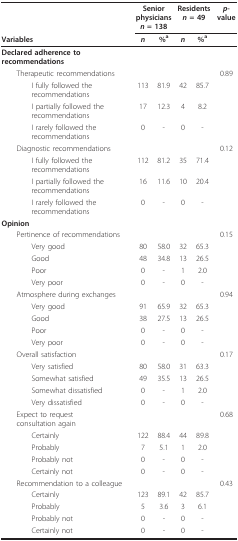
|  | <COLSPAN=2> Senior physiciansn = 138 | <COLSPAN=2> Residentsn = 49 | p-value |
 | Variables | n | %a | n | %a |  |
 | --- | --- | --- | --- | --- | --- |
 | Declared adherence to recommendations |  |  |  |  |  |
 | Therapeutic recommendations |  |  |  |  | 0.89 |
 | I fully followed the recommendations | 113 | 81.9 | 42 | 85.7 |  |
 | I partially followed the recommendations | 17 | 12.3 | 4 | 8.2 |  |
 | I rarely followed the recommendations | 0 | - | 0 | - |  |
 | Diagnostic recommendations |  |  |  |  | 0.12 |
 | I fully followed the recommendations | 112 | 81.2 | 35 | 71.4 |  |
 | I partially followed the recommendations | 16 | 11.6 | 10 | 20.4 |  |
 | I rarely followed the recommendations | 0 | - | 0 | - |  |
 | Opinion |  |  |  |  |  |
 | Pertinence of recommendations |  |  |  |  | 0.15 |
 | Very good | 80 | 58.0 | 32 | 65.3 |  |
 | Good | 48 | 34.8 | 13 | 26.5 |  |
 | Poor | 0 | - | 1 | 2.0 |  |
 | Very poor | 0 | - | 0 | - |  |
 | Atmosphere during exchanges |  |  |  |  | 0.94 |
 | Very good | 91 | 65.9 | 32 | 65.3 |  |
 | Good | 38 | 27.5 | 13 | 26.5 |  |
 | Poor | 0 | - | 0 | - |  |
 | Very poor | 0 | - | 0 | - |  |
 | Overall satisfaction |  |  |  |  | 0.17 |
 | Very satisfied | 80 | 58.0 | 31 | 63.3 |  |
 | Somewhat satisfied | 49 | 35.5 | 13 | 26.5 |  |
 | Somewhat dissatisfied | 0 | - | 1 | 2.0 |  |
 | Very dissatisfied | 0 | - | 0 | - |  |
 | Expect to request consultation again |  |  |  |  | 0.68 |
 | Certainly | 122 | 88.4 | 44 | 89.8 |  |
 | Probably | 7 | 5.1 | 1 | 2.0 |  |
 | Probably not | 0 | - | 0 | - |  |
 | Certainly not | 0 | - | 0 | - |  |
 | Recommendation to a colleague |  |  |  |  | 0.43 |
 | Certainly | 123 | 89.1 | 42 | 85.7 |  |
 | Probably | 5 | 3.6 | 3 | 6.1 |  |
 | Probably not | 0 | - | 0 | - |  |
 | Certainly not | 0 | - | 0 | - |  |